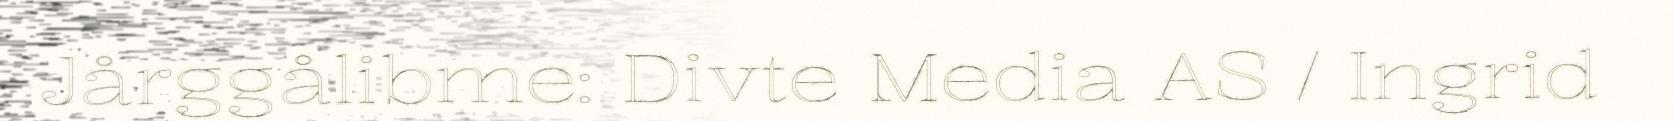
Jårggålibme: Divte Media AS / Ingrid